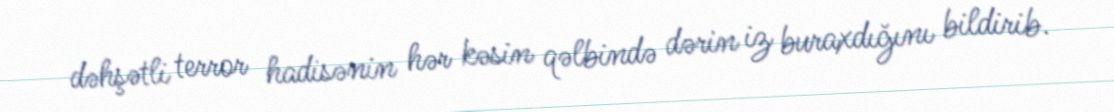
dəhşətli terror hadisənin hər kəsin qəlbində dərin iz buraxdığını bildirib.